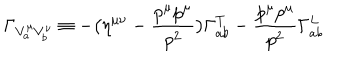
LaTeX: \Gamma _ { V _ { a } ^ { \mu } V _ { b } ^ { \nu } } \equiv - \bigl ( \eta ^ { \mu \nu } - { \frac { p ^ { \mu } p ^ { \mu } } { p ^ { 2 } } } \bigr ) \Gamma _ { a b } ^ { T } - { \frac { p ^ { \mu } p ^ { \mu } } { p ^ { 2 } } } \Gamma _ { a b } ^ { L }